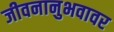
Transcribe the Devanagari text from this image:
जीवनानुभवावर